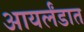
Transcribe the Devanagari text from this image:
आयर्लंडात